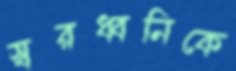
স্বরধ্বনিকে